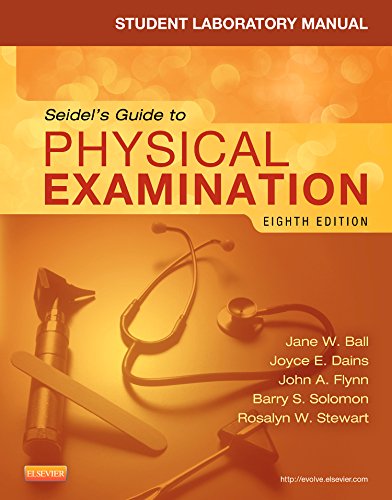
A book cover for Student Laboratory Manual for Seidel's Guide to Physical Examination, 8e (MOSBY'S GUIDE TO PHYSICAL EXAMINATION STUDENT WORKBOOK); Jane W. Ball RN  DrPH  CPNP  DPNAP; Medical Books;